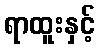
ရာထူးနှင့်